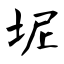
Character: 坭